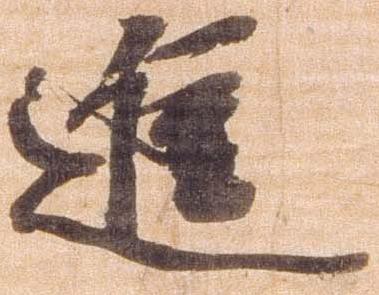
進